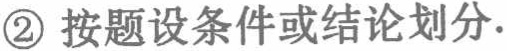
\textcircled{2} 按题设条件或结论划分.